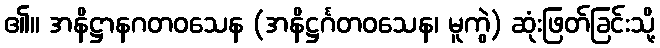
၏။ အနိဋ္ဌာနဂတဝသေန (အနိဋ္ဌင်္ဂတဝသေန၊ မူကွဲ) ဆုံးဖြတ်ခြင်းသို့